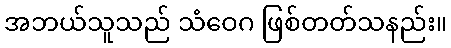
အဘယ်သူသည် သံဝေဂ ဖြစ်တတ်သနည်း။